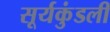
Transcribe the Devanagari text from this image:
सूर्यकुंडली